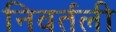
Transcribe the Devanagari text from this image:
निवर्तली